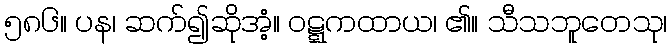
၅၈၆။ ပန၊ ဆက်၍ဆိုအံ့။ ဝဋ္ဋကထာယ၊ ၏။ သီသဘူတေသု၊